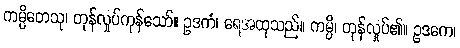
ကမ္ပိတေသု၊ တုန်လှုပ်ကုန်သော်။ ဥဒကံ၊ ရေအထုသည်။ ကမ္ပိ၊ တုန်လှုပ်၏။ ဥဒကေ၊